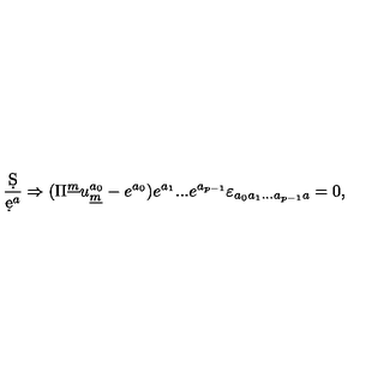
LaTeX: { \frac { \d S } { \d e ^ { a } } } \Rightarrow ( \Pi ^ { \underline { { m } } } u _ { \underline { { m } } } ^ { a _ { 0 } } - e ^ { a _ { 0 } } ) e ^ { a _ { 1 } } . . . e ^ { a _ { p - 1 } } \varepsilon _ { a _ { 0 } a _ { 1 } . . . a _ { p - 1 } a } = 0 ,